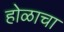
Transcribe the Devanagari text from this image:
होळाचा